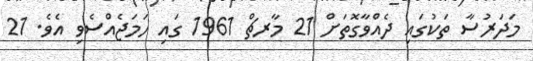
މަދަރުސާ ތަކުގައި ދެއްވާގޮތަށް 21 މާރޗް 1961 ގައި ހަމަޖެއްސެވި އެވެ. 21